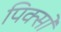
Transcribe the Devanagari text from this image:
पिक्सो